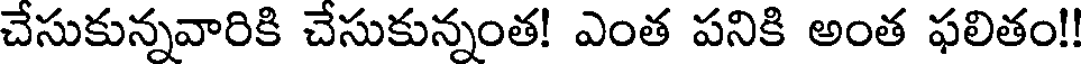
చేసుకున్నవారికి చేసుకున్నంత! ఎంత పనికి అంత ఫలితం!